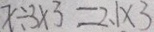
x \div 3 \times 3 = 2 . 1 \times 3